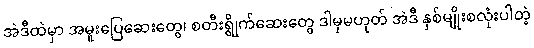
အဲဒီထဲမှာ အမူးပြေဆေးတွေ၊ စတီးရွိုက်ဆေးတွေ ဒါမှမဟုတ် အဲဒီ နှစ်မျိုးစလုံးပါတဲ့